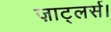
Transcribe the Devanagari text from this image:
ज़ाट्लर्स।